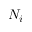
N _ { i }